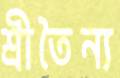
শ্রীতৈন্য